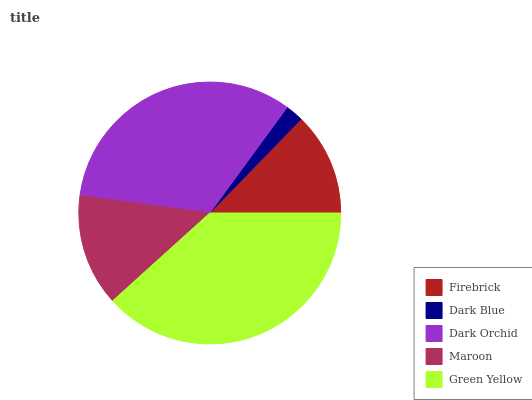
| Firebrick | Dark Blue | Dark Orchid | Maroon | Green Yellow |
 | --- | --- | --- | --- | --- |
 | 12.7% | 2.21% | 32.9% | 13.8% | 38.3% |